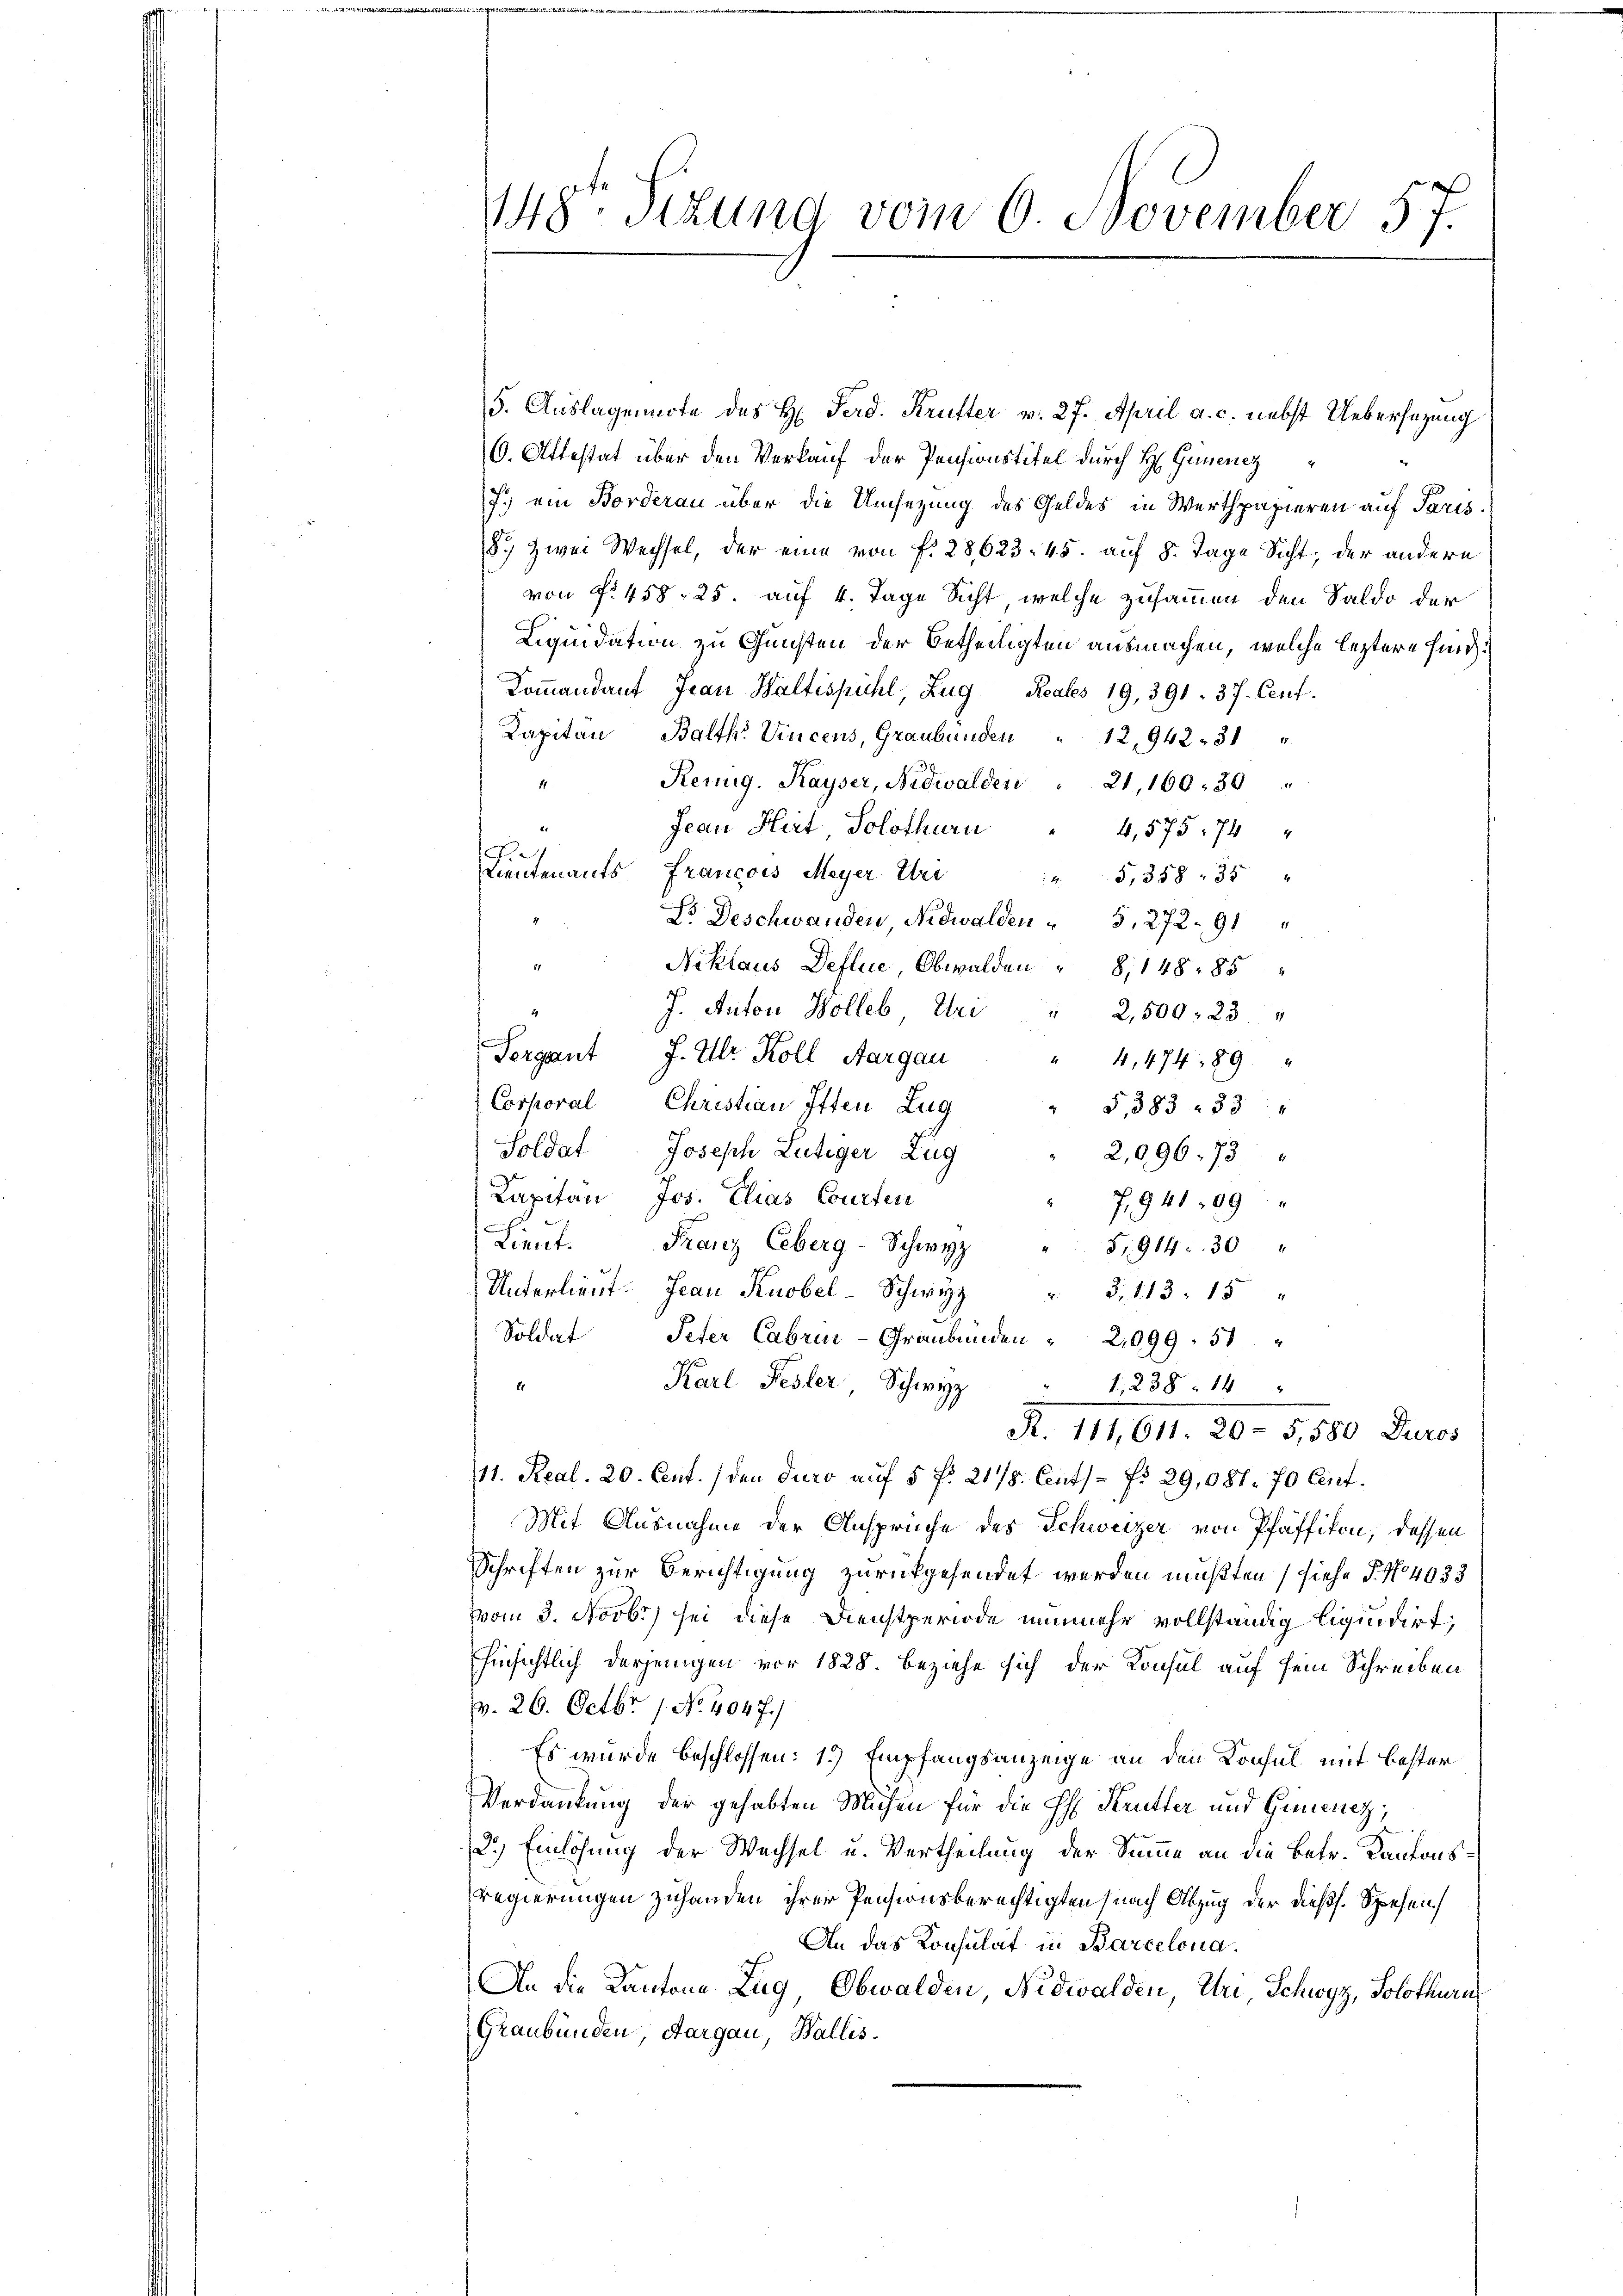
5. Auslagennote des H. Ferd. Krutter v. 27. April a. c. nebst Uebersezung
6. Attestat über den Verkauf der Pensionstitel durch H. Generez
7.) ein Borderau über die Umsetzung des Geldes in Werthpapieren auf Paris.
8.) Zwei Wechsel, der eine von f. 28,623. 45. auf 8. Tage Sicht; der andern
von f. 458, 25. auf 4. Tage Sicht, welche zusammen den Saldo der
Liquidation zu Gunsten der Betheiligten ausmachen, welche leztere Hand¬
Kommandant Frau Waltispühl, Zug. Reales 19, 391. 37. Cent
Kapitan Balth. Vincens, Graubünden " 12, 942. 314
Reung. Kayser, Nidwalden " 21, 160. 30
11
Jean Heit, Solothurn
4,575, 74
Lieutenants, Francois Meyer Uri
 5,358 35 "
Lo Deschwanden Nidwalden " 5, 272. 91
g
Niklaus Defluce, Obwalden " 8, 14885
J. Anton Holleb Uri " 2,500. 23 "
Sergant J. Ulr. Koll, Aargau
" 4,474. 89 "
Corporal
Christian Itten Zug
G,383. 33
Soldat Joseph Lutiger Zug
2,096. 73
Capitan Jos. Elias Courten
7,941,99 "
Lieŭt. Franz Ceberg - Schwyz " 5,914: 30
Unterlieŭt. Jean Knobel Schwyz " 3, 113: 15 "
Soldat
Peter Cabrui- Graubünden " 2,099. 51
Karl Fester Schwyz " 1238. 14
11
R. 114, 611. 20 - 5,500 Duros
(11. Real. 20. Cent. (den duro auf 5 f: 21/8. Cent No 29,081. 70 Cent.
Mit Ausnahme der Ansprüche des Schweizer von Pfäffikon, dessen
Schriften zur Berichtigung zurückgesendet werden mußten (siehe P. No 4033
vom 3. Novbr) sei diese Dienstperiode nunmehr vollständig liquidirt;
hinsichtlich derjenigen vor 1828. beziehe sich der Konsul auf sein Schreiben
v. 26. Octbr. 1. No. 4047.)
Es wurde beschlossen: 1.) Empfangsanzeige an den Konsul mit bester
Verdankung der gehabten Michen für die H. Krutter und Gemeint,
2.) Einlösung der Wechsel u. Vertheilung der Summe an die Betr. Kantonsregierungen zuhanden ihrer Pensionsberechtigten (nach Abzug der dießs. Spesen
An das Konsulat in Barcelona.
An die Kantone Zug, Obwalden, Nidwalden, Uri Schwyz, Solothurn
Graubünden, Aargau, Wallis.

148. Sizund vom 6. November 57.